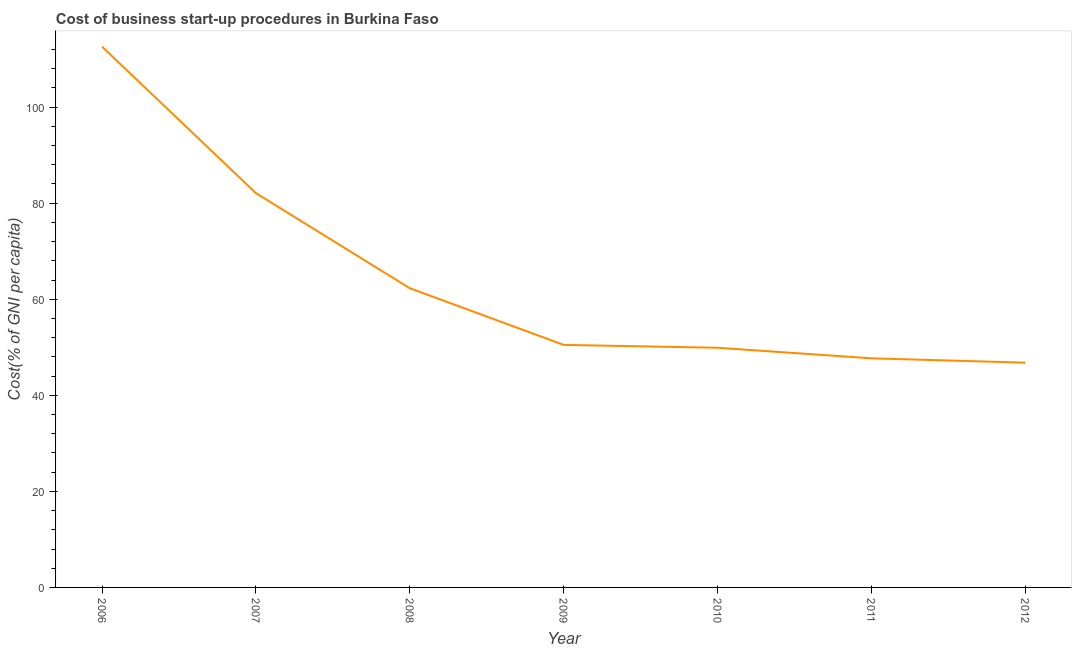
| Year | Cost |
 | --- | --- |
 | 2006 | 113 |
 | 2007 | 82.1 |
 | 2008 | 62.3 |
 | 2009 | 50.5 |
 | 2010 | 49.9 |
 | 2011 | 47.7 |
 | 2012 | 46.8 |